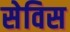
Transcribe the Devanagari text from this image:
सेविस